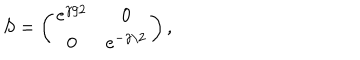
S = \left( \begin{matrix} { { e ^ { \gamma / 2 } } } & { { 0 } } \\ { { 0 } } & { { e ^ { - \gamma / 2 } } } \\ \end{matrix} \right) ,